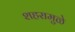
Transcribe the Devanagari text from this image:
शहरामुळे